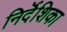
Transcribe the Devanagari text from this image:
निर्दॆशिका